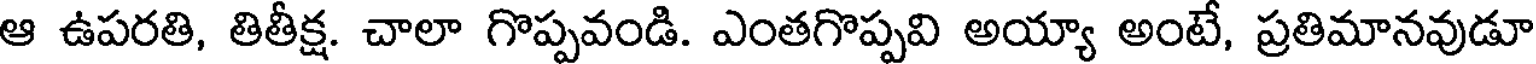
ఆ ఉపరతి, తితీక్ష. చాలా గొప్పవండి. ఎంతగొప్పవి అయ్యా అంటే, ప్రతిమానవుడూ